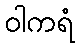
ဝါကရံ